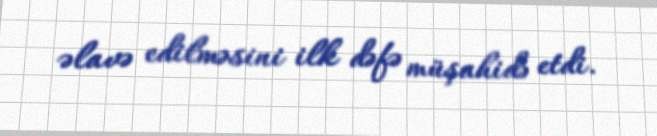
əlavə edilməsini ilk dəfə müşahidə etdi.